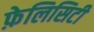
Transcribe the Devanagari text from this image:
फ़ेलिसिटी